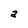
Character: a